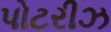
પોટરીઝ